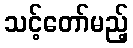
သင့်တော်မည့်